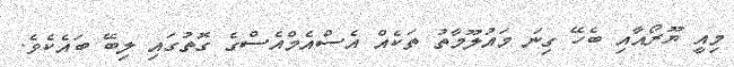
މިއީ ޔޫރޯއާއި ބެހޭ ގިނަ މައުލޫމާތު ތަކެއް އެސްއެމްއެސްގެ ގޮތުގައި ލިބޭ ބައެކެވެ.